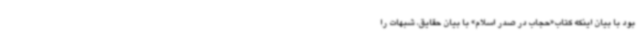
بود با بیان اینکه کتاب«حجاب در صدر اسلام» با بیان حقایق، شبهات را